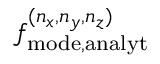
f _ { \mathrm { m o d e , a n a l y t } } ^ { ( n _ { x } , n _ { y } , n _ { z } ) }